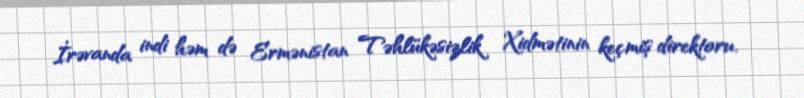
İrəvanda indi həm də Ermənistan Təhlükəsizlik Xidmətinin keçmiş direktoru,